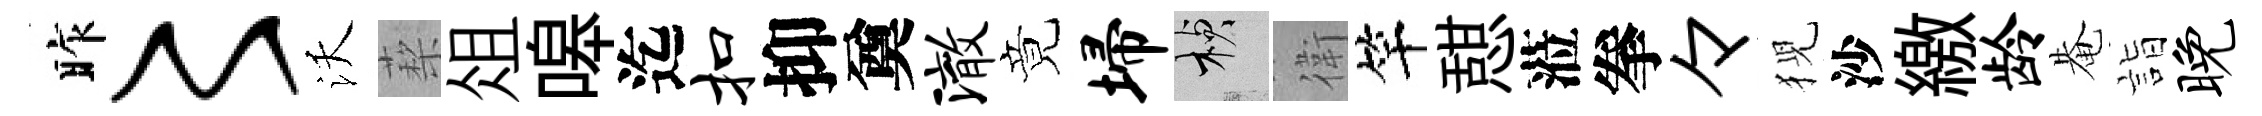
昨〻沃蔾俎嗥迄扣抑奠澈竟埽楨衛竿憇蒞拳々猊沙繳龄𤲅詣晚